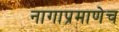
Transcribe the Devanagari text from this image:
नागाप्रमाणेच